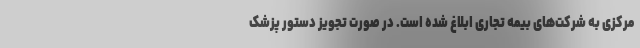
مرکزی به شرکت‌های بیمه تجاری ابلاغ شده است. در صورت تجویز دستور پزشک